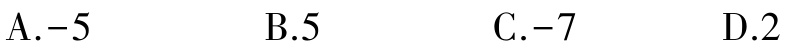
A.$-5$  B.$5$  C.$-7$  D.$2$